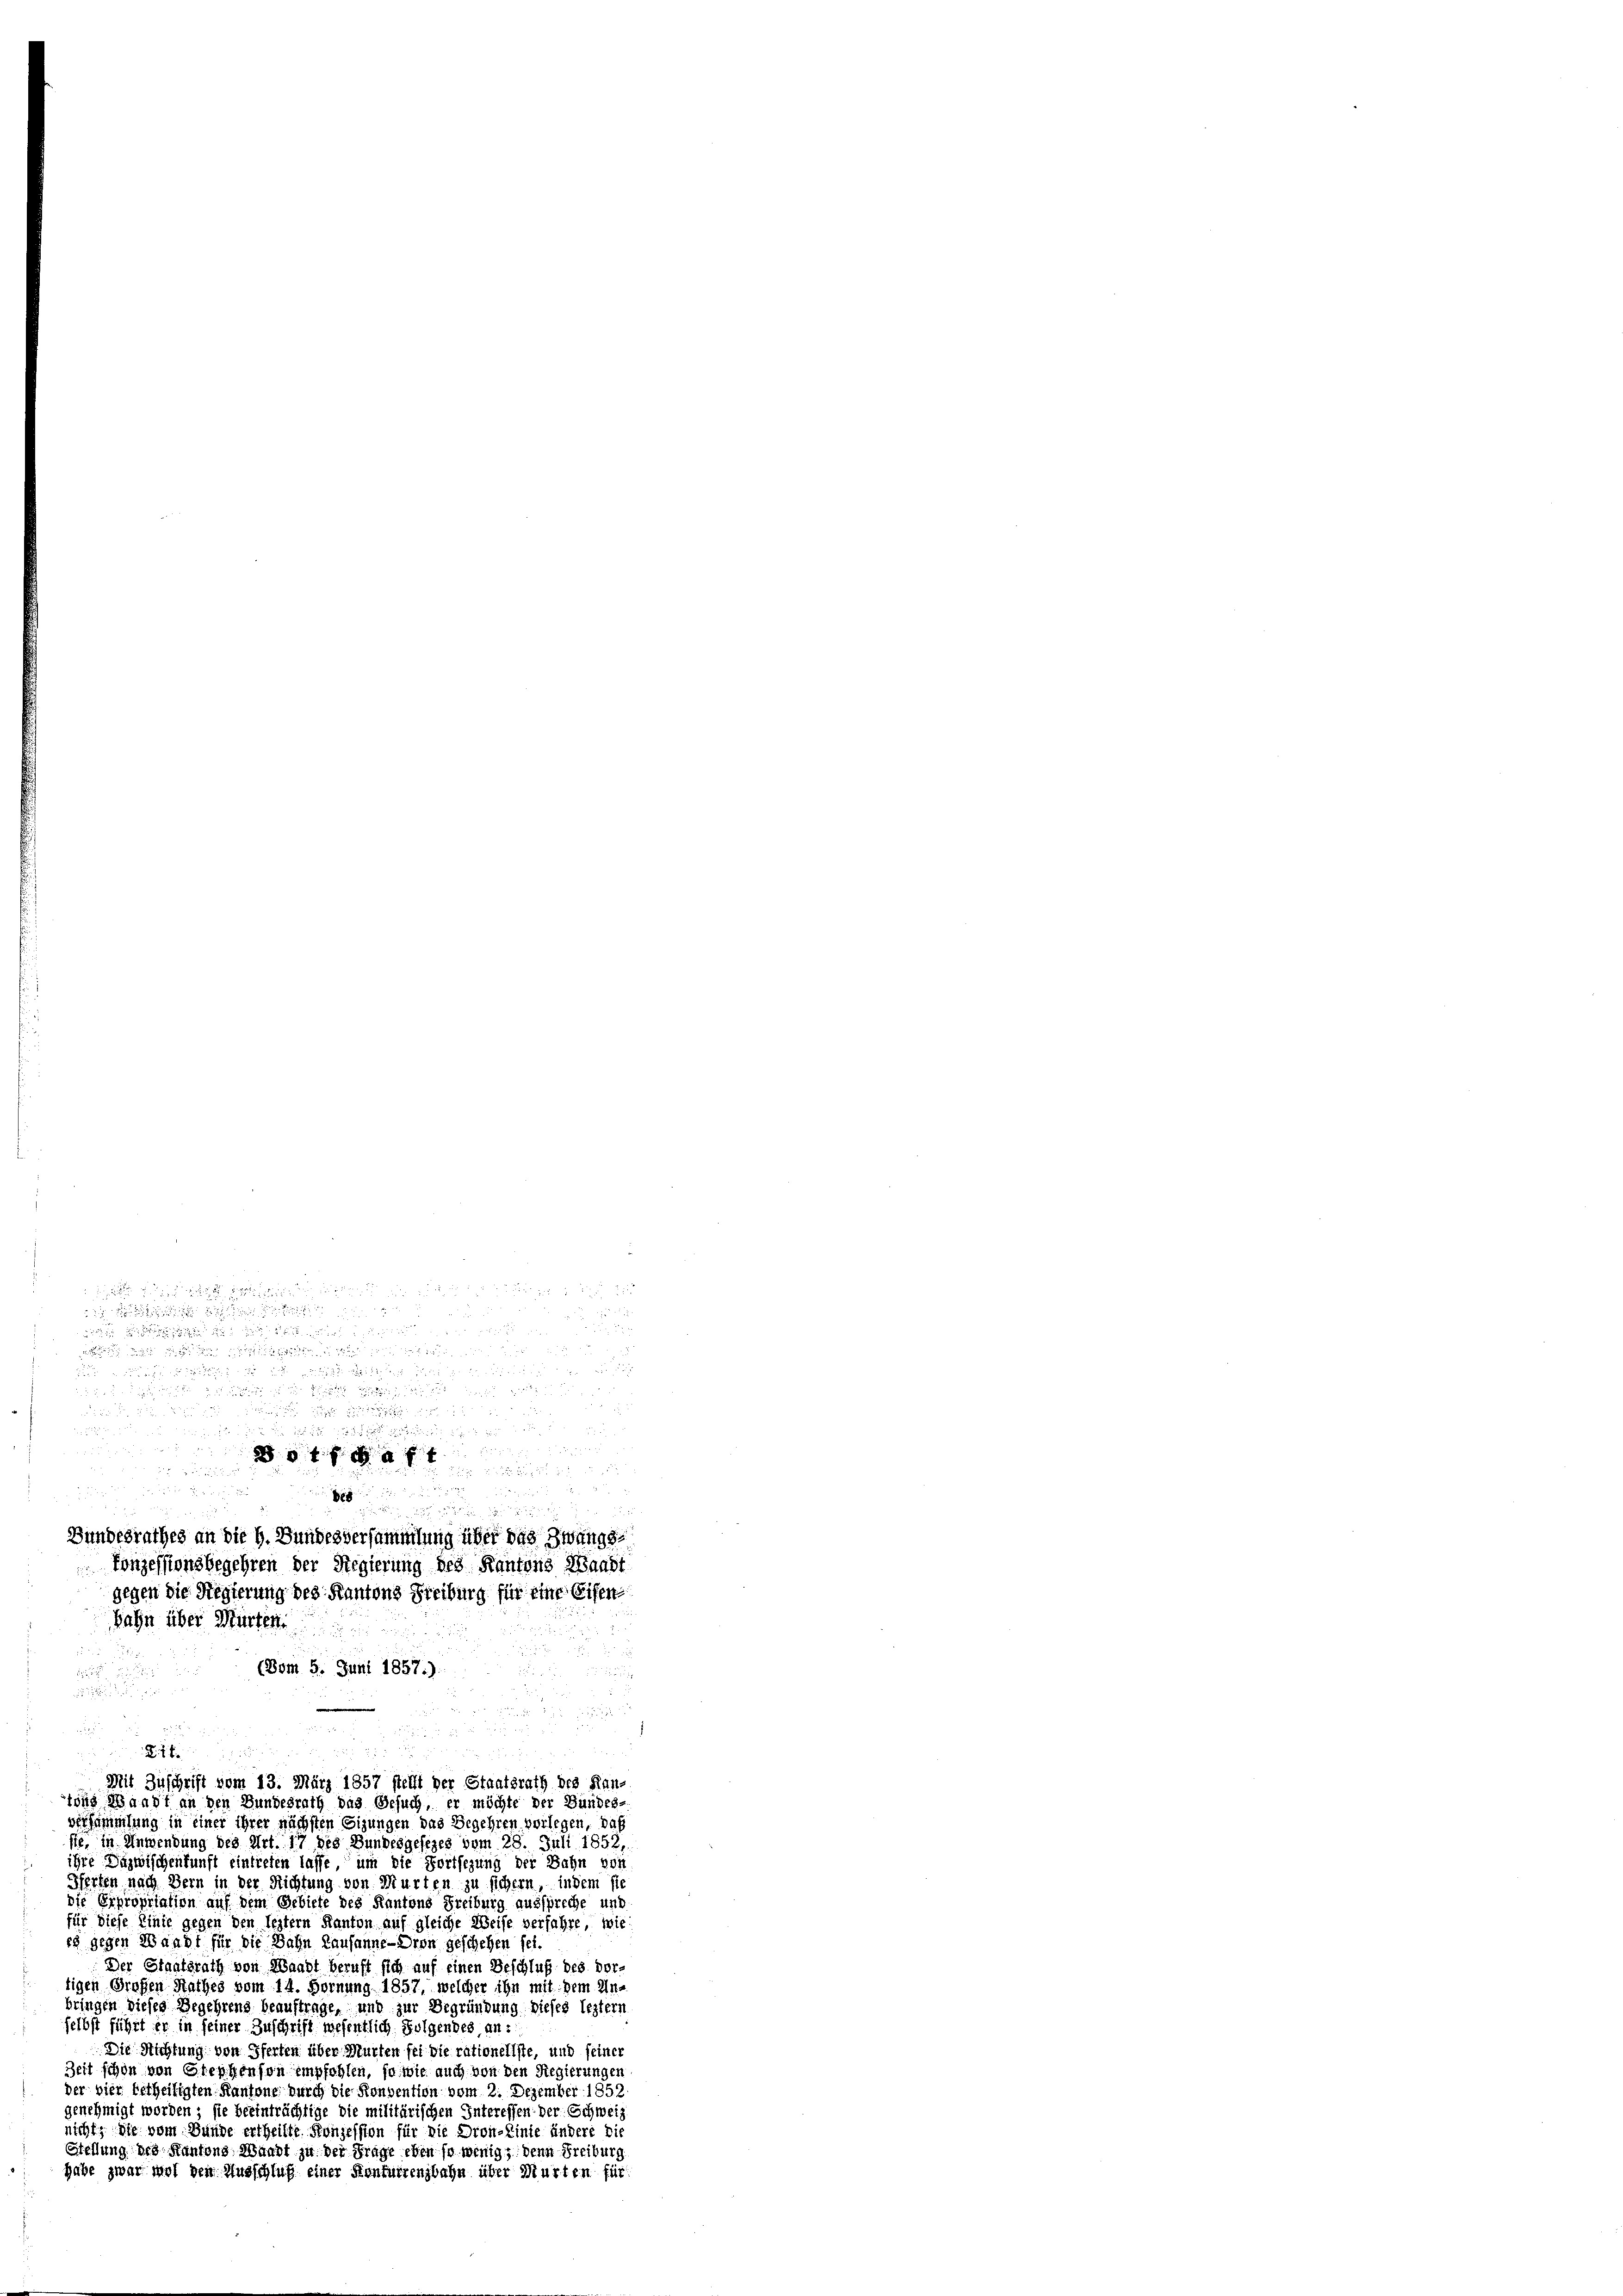
Bahn über Mürten.

a sah

.

gg in denen

Bundesrathes an die h. Bundesversammlung über das Zwangskonzessionsbegehren der Regierung des Kantons Waadt
gegen die Regierung des Kantons Freiburg für eine Eisen
(Bom 5. Juni 1857.)

u

2
4 x
b
Mit Zuschrift vom 13. März 1857 stellt der Staatsrath des Kan-
tins Waadt an den Bundesrath das Gesuch, er möchte der Bundes-
versammlung in einer ihrer nächsten Sizungen das Begehren vorlegen, daß
sie, in Anwendung des Art. 17 des Bundesgesezes vom 28. Juli 1852,
ihre Dazwischenkunft eintreten lasse um die Fortsezung der Bahn von
Hferfen nach Bern in der Richtung von Murten zu sichern, indem sie
die Erpropriation auf dem Gebiete des Kantons Freiburg ausspreche und
für diese Linie gegen den leztern Kanton auf gleiche Weise verfahre, wie
es gegen Waadt für die Bahn Lausanne - Dron geschehen sei.
Der Staatsrath von Waadt beruft sich auf einen Beschluß des Vor-
tigen Groffen Rathes vom 14. Hornung 1857, welcher ihn mit dem Un-
bringen dieses Begehrens beauftrage, und zur Begründung dieses leztern
selbst führt er in seiner Zuschrift wesentlich Folgendes, an¬
Die Richtung von Pferten über Murten sei die rationellste, und seiner
Zeit schon von Steppenson empfohlen, so wie auch von den Regierungen
der vier Ertheiligten Kantone durch die Konvention vom 2. Dezember 1852
genehmigt worden; sie beeinträchtige die militärischen Interessen der Schweiz
nicht, die vom Bunde ertheilte Konzession für die Dron-Linie indere die
Stellung des Kantons Waadt zu der Frage eben so wenig, denn Freiburg
habe zwar wol den Ausschluß einer Konfurrenzbahn über Murten für

e
888